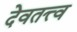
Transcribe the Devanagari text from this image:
देवतत्त्व